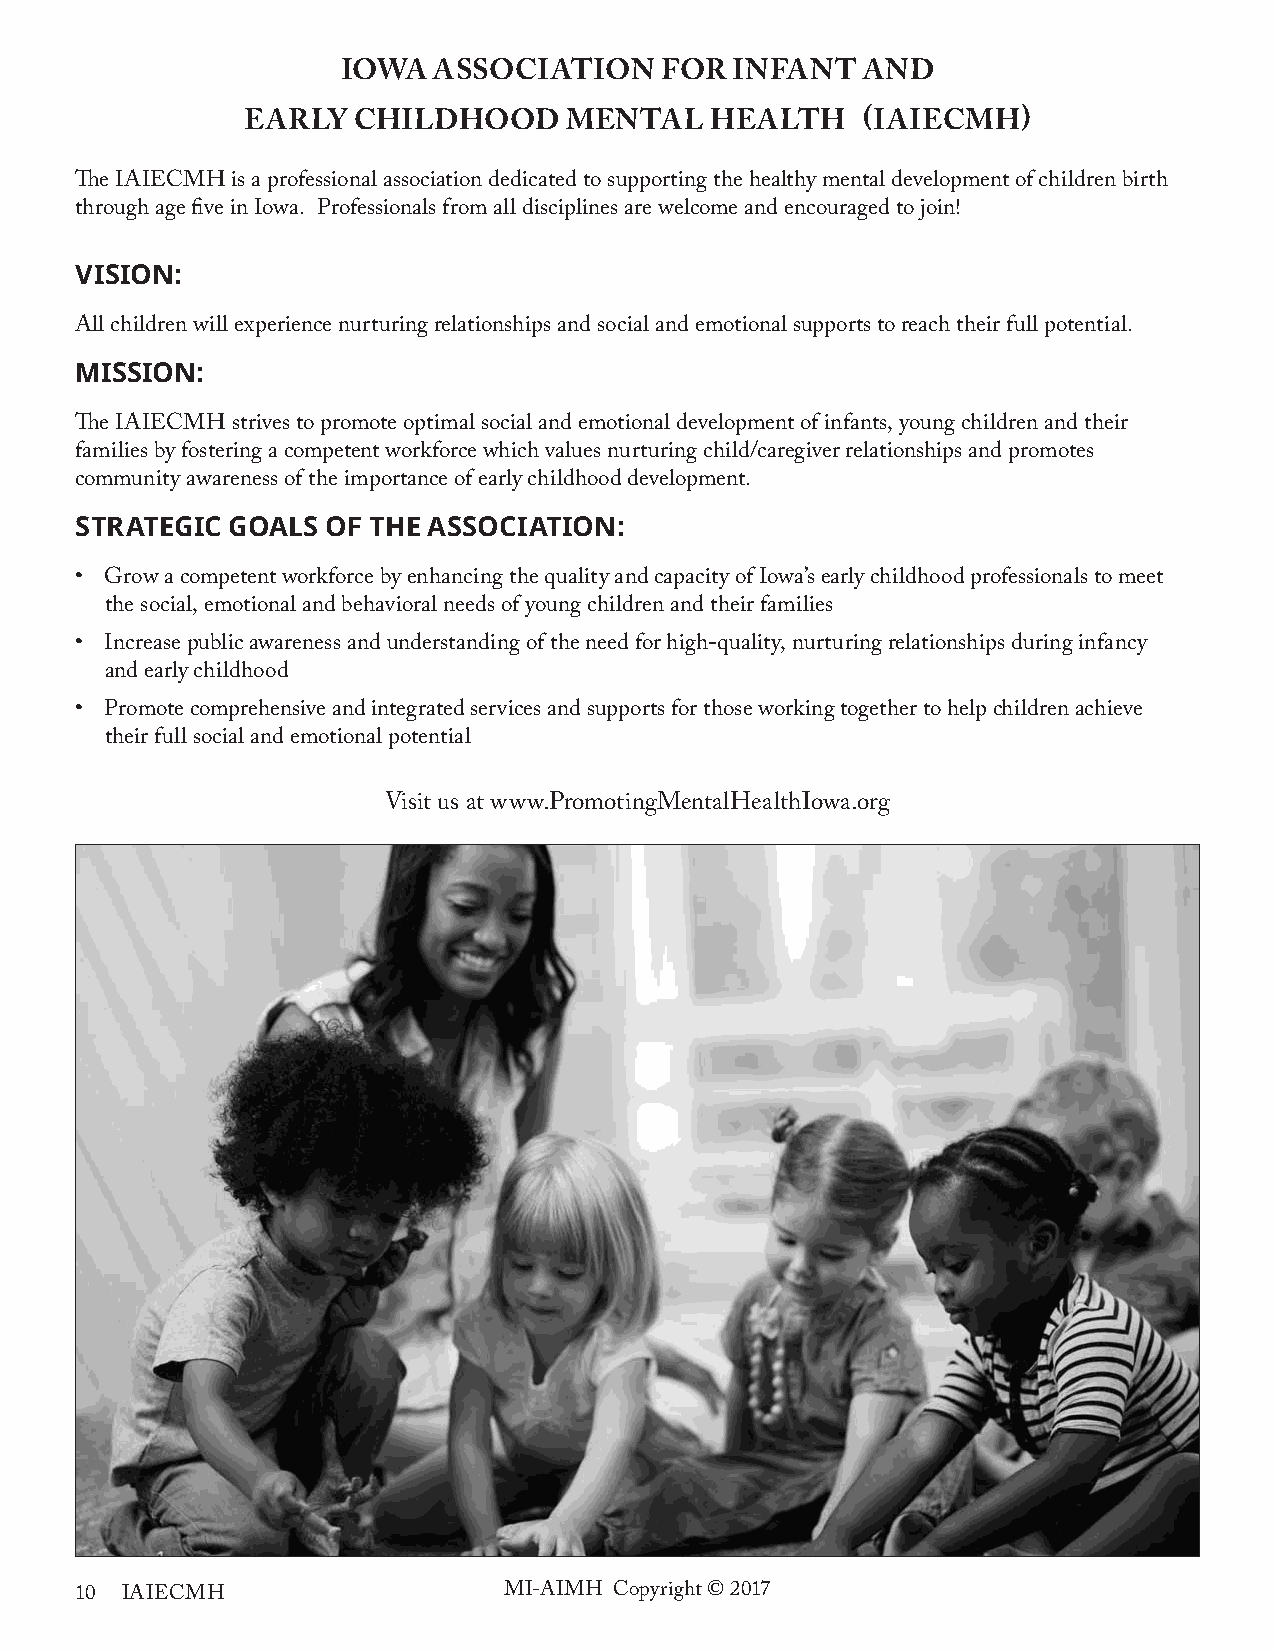
IOwA  ASSOCIATION    FOR INFANT   ANd
 EARLY  CHILdHOOd     MENTAL    HEALTH    (IAIECMH)
 The IAIECMH is a professional association dedicated to supporting the healthy mental development of children birth
 through age five in Iowa. Professionals from all disciplines are welcome and encouraged to join!
 vision:
 All children will experience nurturing relationships and social and emotional supports to reach their full potential.
 Mission:
 The IAIECMH strives to promote optimal social and emotional development of infants, young children and their
 families by fostering a competent workforce which values nurturing child/caregiver relationships and promotes
 community awareness of the importance of early childhood development.
 strAtegic goAls  of tHe AssociAtion:
 • Grow a competent workforce by enhancing the quality and capacity of Iowa’s early childhood professionals to meet
 the social, emotional and behavioral needs of young children and their families
 • Increase public awareness and understanding of the need for high-quality, nurturing relationships during infancy
 and early childhood
 • Promote comprehensive and integrated services and supports for those working together to help children achieve
 their full social and emotional potential
 Visit us at www.PromotingMentalHealthIowa.org
 10 IAIECMH                  MI-AIMH Copyright © 2017